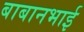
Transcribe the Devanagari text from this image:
बाबानभाई